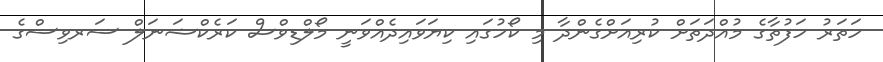
ހަތަރު ހަފުތާގެ މުއްދަތަށް ކުރިއަށްގެންދާ މި ކޯހުގައި ކިޔަވައިދެއްވަނީ މޯލްޑިވްސް ކަރެކްޝަނަލް ސަރވިސްގެ